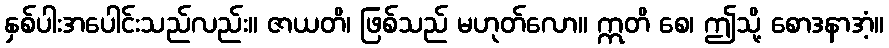
နှစ်ပါးအပေါင်းသည်လည်း။ ဇာယတိ၊ ဖြစ်သည် မဟုတ်လော။ ဣတိ စေ၊ ဤသို့ စောဒနာအံ့။